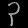
Digit: ၃